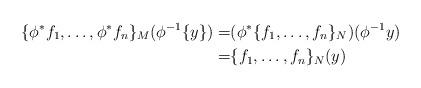
LaTeX: \begin{align*}\{\phi^*f_1, \ldots, \phi^*f_n\}_M(\phi^{-1}\{y\}) =& (\phi^* \{f_1, \ldots, f_n\}_N )(\phi^{-1}y)\\=& \{f_1, \ldots, f_n\}_N (y)\end{align*}